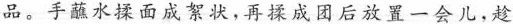
品。手蘸水揉面成絮状，再揉成团后放置一会儿，趁